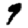
Digit: 9